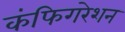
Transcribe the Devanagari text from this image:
कंफिगरेशन